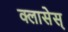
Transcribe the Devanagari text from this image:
क्लासेस्